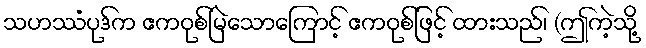
သဟဿံပုဒ်က ဧကဝုစ်မြဲသောကြောင့် ဧကဝုစ်ဖြင့် ထားသည်၊ (ဤကဲ့သို့